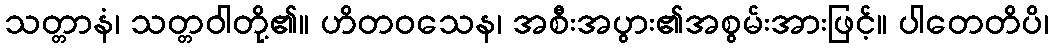
သတ္တာနံ၊ သတ္တဝါတို့၏။ ဟိတဝသေန၊ အစီးအပွား၏အစွမ်းအားဖြင့်။ ပါတေတိပိ၊